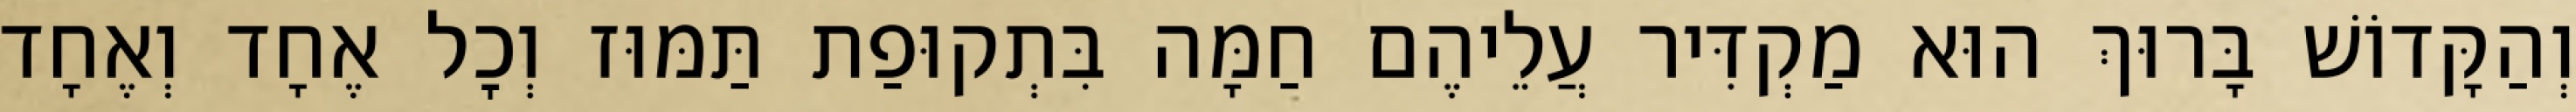
וְהַקָּדוֹשׁ בָּרוּךְ הוּא מַקְדִּיר עֲלֵיהֶם חַמָּה בִּתְקוּפַת תַּמּוּז וְכׇל אֶחָד וְאֶחָד